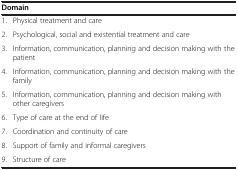
<table><thead><tr><td><b> </b></td><td><b>Domain</b></td></tr></thead><tbody><tr><td>1.</td><td>Physical treatment and care</td></tr><tr><td>2.</td><td>Psychological, social and existential treatment and care</td></tr><tr><td>3.</td><td>Information, communication, planning and decision making with the patient</td></tr><tr><td>4.</td><td>Information, communication, planning and decision making with the family</td></tr><tr><td>5.</td><td>Information, communication, planning and decision making with other caregivers</td></tr><tr><td>6.</td><td>Type of care at the end of life</td></tr><tr><td>7.</td><td>Coordination and continuity of care</td></tr><tr><td>8.</td><td>Support of family and informal caregivers</td></tr><tr><td>9.</td><td>Structure of care</td></tr></tbody></table>